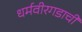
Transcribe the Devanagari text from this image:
धर्मवीरगडाची